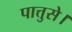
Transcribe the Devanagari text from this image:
पात्तुसे।